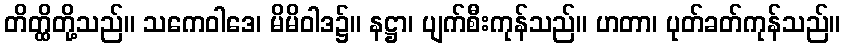
တိတ္ထိတို့သည်။ သကေဝါဒေ၊ မိမိဝါဒ၌။ နဋ္ဌာ၊ ပျက်စီးကုန်သည်။ ဟတာ၊ ပုတ်ခတ်ကုန်သည်။